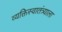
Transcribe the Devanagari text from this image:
व्यक्तिस्वातंत्र्याला